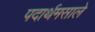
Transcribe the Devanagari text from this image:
पदार्थमसाले